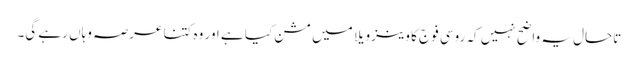
تاحال یہ واضح نہیں کہ روسی فوج کا وینزویلا میں مشن کیا ہے اور وہ کتنا عرصہ وہاں رہے گی۔